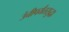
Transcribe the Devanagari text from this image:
उंचीपर्यंतसुद्धा